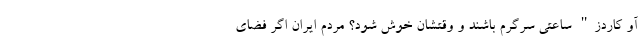
آو کاردز" ساعتی سرگرم باشند و وقتشان خوش شود؟ مردم ایران اگر فضای